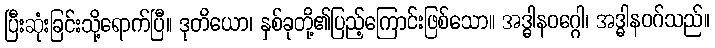
ပြီးဆုံးခြင်းသို့ရောက်ပြီ။ ဒုတိယော၊ နှစ်ခုတို့၏ပြည့်ကြောင်းဖြစ်သော။ အဒ္ဓါနဝဂ္ဂေါ၊ အဒ္ဓါနဝဂ်သည်။